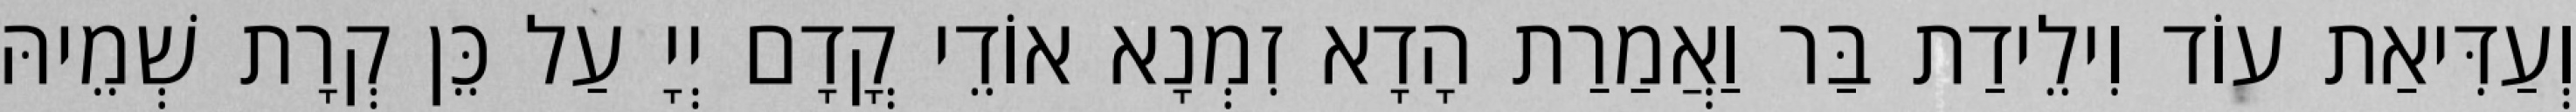
וְעַדִּיאַת עוֹד וִילֵידַת בַּר וַאֲמַרַת הָדָא זִמְנָא אוֹדֵי קֳדָם יְיָ עַל כֵּן קְרָת שְׁמֵיהּ